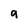
Character: g